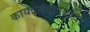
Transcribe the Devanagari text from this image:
कायदेमंत्रीपदाचा